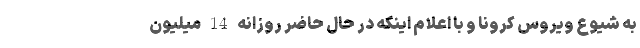
به شیوع ویروس کرونا و با اعلام اینکه در حال حاضر روزانه 14 میلیون